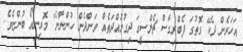
އަހަރެން ދެކޭ ގޮތުގަ ފެބްރިގާސް ޗެލްސީގަ ދިގުމުއްދަތެއް ވަންދެން ހުންނާނެ" މޮރީނިއޯ ބުންޏެވެ.